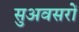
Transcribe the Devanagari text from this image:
सुअवसरों